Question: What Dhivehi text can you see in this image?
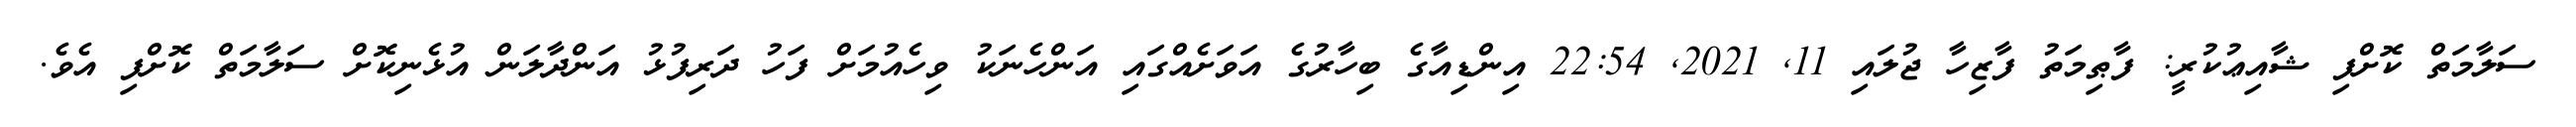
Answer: ސަލާމަތް ކޮށްފި ޝާއިޢުކުރީ: ފާޠިމަތު ފާޒިހާ ޖުލައި 11, 2021, 22:54 އިންޑިއާގެ ބިހާރުގެ އަވަށެއްގައި އަންހެނަކު ވިހެއުމަށް ފަހު ދަރިފުޅު އަންދާލަން އުޅެނިކޮށް ސަލާމަތް ކޮށްފި އެވެ.